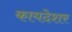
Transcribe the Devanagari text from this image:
कायदेशर